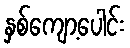
နှစ်ကျော့ပေါင်း